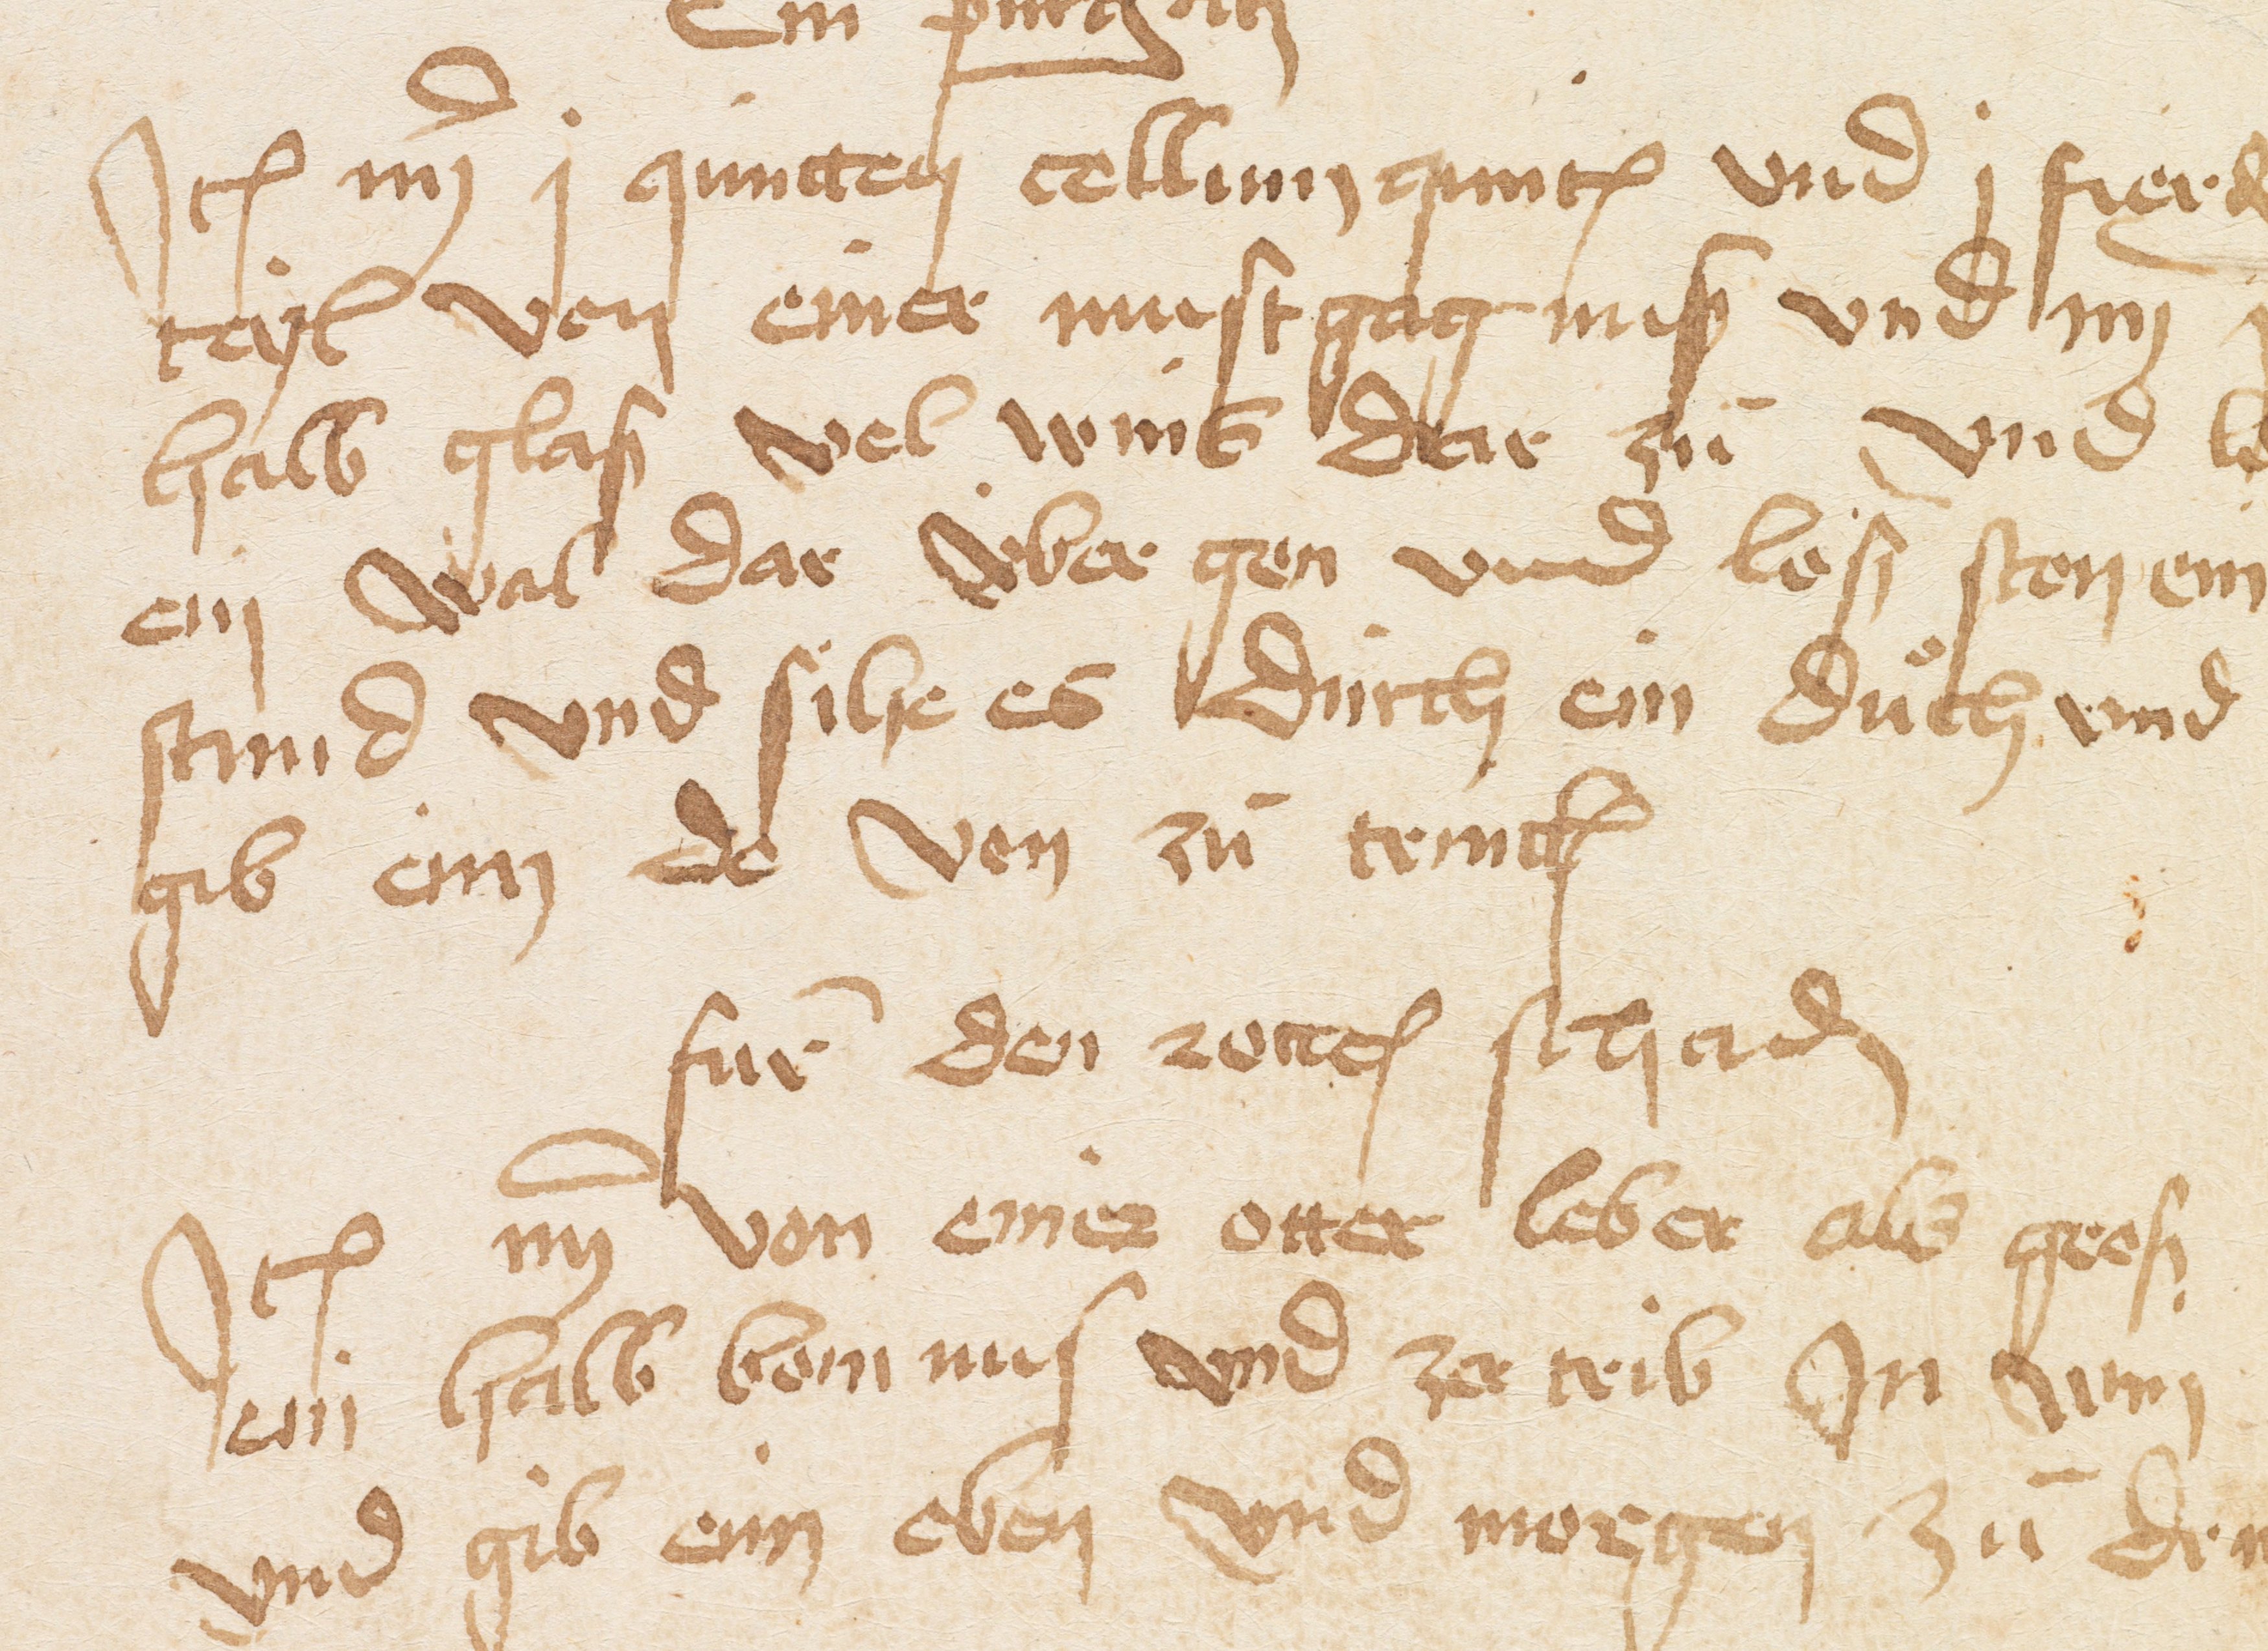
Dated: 1400–1599